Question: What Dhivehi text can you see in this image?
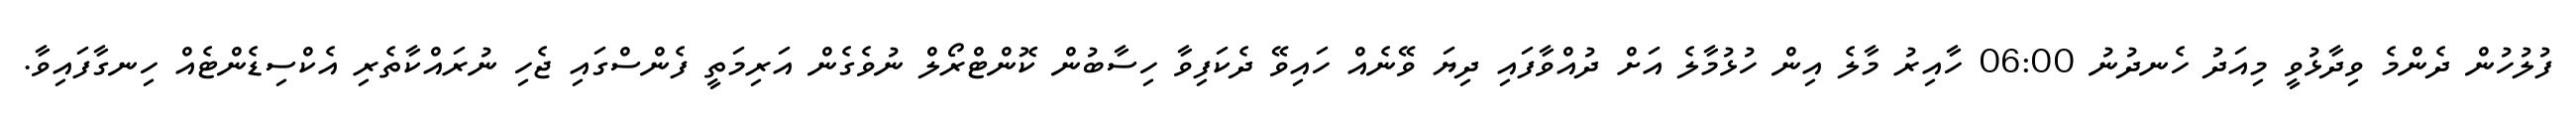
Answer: ފުލުހުން ދެންމެ ވިދާޅުވީ މިއަދު ހެނދުނު 06:00 ހާއިރު މާލެ އިން ހުޅުމާލެ އަށް ދުއްވާފައި ދިޔަ ވޭނެއް ހައިވޭ ދެކަފިވާ ހިސާބުން ކޮންޓްރޯލް ނުވެގެން އަރިމަތީ ފެންސްގައި ޖެހި ނުރައްކާތެރި އެކްސިޑެންޓެއް ހިނގާފައިވާ.